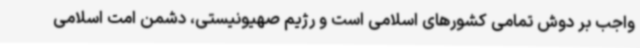
واجب بر دوش تمامی کشورهای اسلامی است و رژیم صهیونیستی، دشمن امت اسلامی